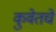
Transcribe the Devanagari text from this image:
कुवेतचे